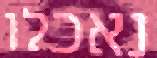
נאכלו